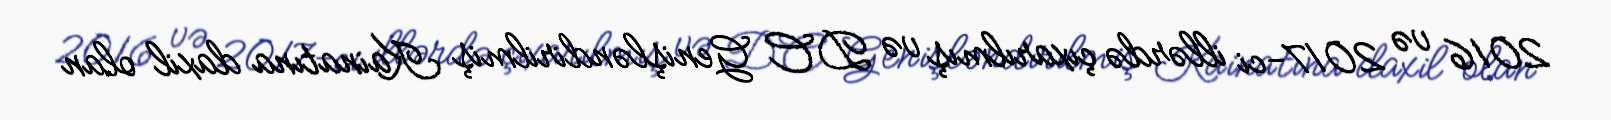
2016 və 2017-ci illərdə çıxarılmış və DC Genişləndirilmiş Kainatına daxil olan